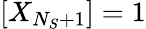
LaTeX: [X_{N_{S}+1}]=1